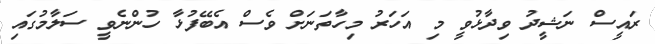
ރައީސް ނަޝީދު ވިދާޅުވީ މި އަހަރު މިހާތަނަށް ވެސް އެބޭފުޅާ ހުންނެވީ ސަލާމުގައި